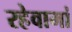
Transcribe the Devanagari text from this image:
रहेवामां